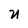
Character: U